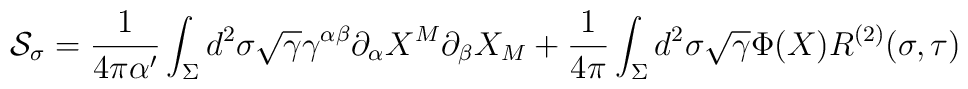
{\cal S}_\sigma = \frac{1}{4\pi \alpha'}\int_\Sigma d^2\sigma \sqrt{\gamma}\gamma^{\alpha\beta} \partial_\alpha X^M \partial_\beta X_M + \frac{1}{4\pi} \int_\Sigma d^2\sigma \sqrt{\gamma} \Phi (X)R^{(2)}(\sigma,\tau)